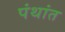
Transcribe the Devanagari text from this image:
पंथांत